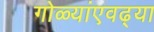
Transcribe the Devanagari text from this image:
गोळ्यांएवढ्या